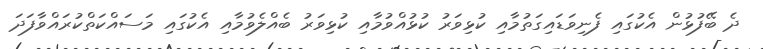
ދެ ބޭފުޅުން އެކުގައި ފެނިވަޑައިގަތުމާއި ކުޅިވަރު ކުޅުއްވުމާއި ކުޅިވަރު ބެއްލެވުމާއި އެކުގައި މަަސައްކަތްކުރައްވާފަދަ